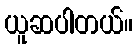
ယူဆပါတယ်။